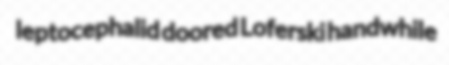
leptocephalid doored Loferski handwhile